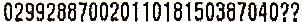
02992887002011018150387040??